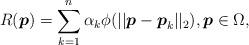
LaTeX: \begin{align*}R( \boldsymbol{p})= \sum_{k=1}^{n} \alpha_k \phi (|| \boldsymbol{p} - \boldsymbol{p}_k ||_2), \boldsymbol{p} \in \Omega,\end{align*}